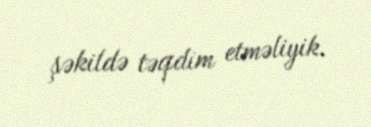
şəkildə təqdim etməliyik.